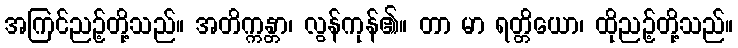
အကြင်ညဉ့်တို့သည်။ အတိက္ကန္တာ၊ လွန်ကုန်၏။ တာ မာ ရတ္တိယော၊ ထိုညဉ့်တို့သည်။